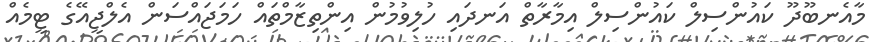
މާއެނބޫދޫ ކައުންސިލް ކައުންސިލް އިމާރާތް އަނދައި ހުލިވުމުން އިންތިޒާމްތައް ހަމަޖައްސަން އެލްޖީއޭގެ ޓީމެއް